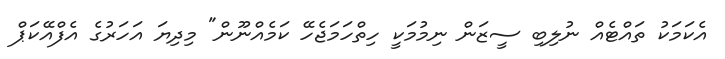
އެކަމަކު ތައްޓެއް ނުލިބި ސީޒަން ނިމުމަކީ ހިތްހަމަޖެހޭ ކަމެއްނޫން" މިދިޔަ އަހަރުގެ އެފްއޭކަޕް